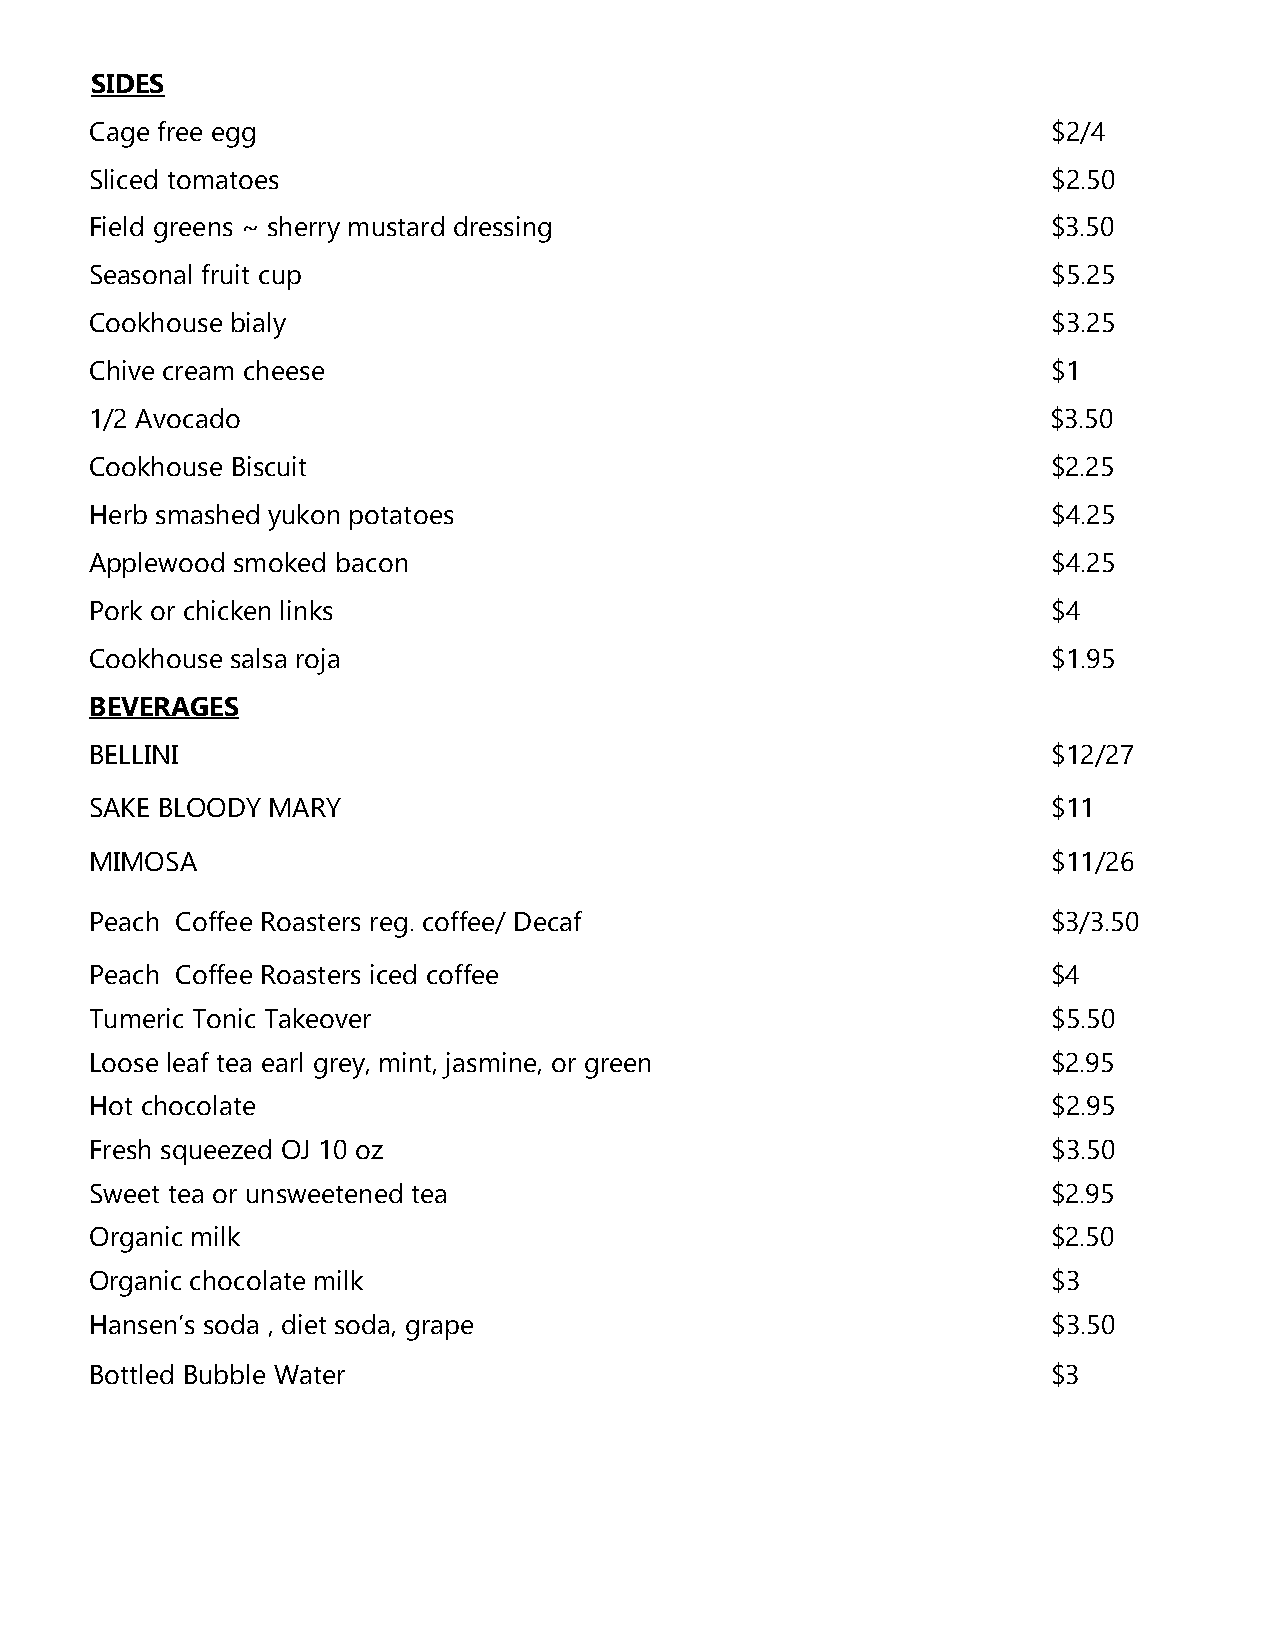
SIDES
 Cage free egg                                                   $2/4
 Sliced tomatoes                                                 $2.50
 Field greens ~ sherry mustard dressing                          $3.50
 Seasonal fruit cup                                              $5.25
 Cookhouse bialy                                                 $3.25
 Chive cream cheese                                              $1
 1/2 Avocado                                                     $3.50
 Cookhouse Biscuit                                               $2.25
 Herb smashed yukon potatoes                                     $4.25
 Applewood smoked bacon                                          $4.25
 Pork or chicken links                                           $4
 Cookhouse salsa roja                                            $1.95
 BEVERAGES
 BELLINI                                                         $12/27
 SAKE BLOODY MARY                                                $11
 MIMOSA                                                          $11/26
 Peach Coffee Roasters reg. coffee/ Decaf                        $3/3.50
 Peach Coffee Roasters iced coffee                               $4
 Tumeric Tonic Takeover                                          $5.50
 Loose leaf tea earl grey, mint, jasmine, or green               $2.95
 Hot chocolate                                                   $2.95
 Fresh squeezed OJ 10 oz                                         $3.50
 Sweet tea or unsweetened tea                                    $2.95
 Organic milk                                                    $2.50
 Organic chocolate milk                                          $3
 Hansen’s soda , diet soda, grape                                $3.50
 Bottled Bubble Water                                            $3